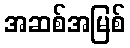
အဆစ်အမြစ်